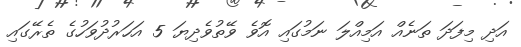
އަދި މިފަދަ ތަނެއް އަމިއްލަ ނަމުގައި އޮވެ ވޭތުވެދިޔަ 5 އަހަރުދުވަހުގެ ތެރޭގައި